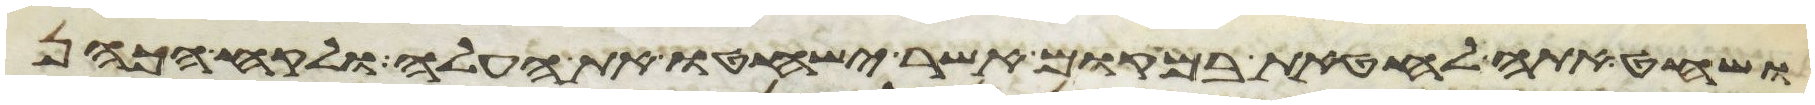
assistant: ושחט אתה לחטאת במקום אשר ישחטו את העלה ולקח הכהן